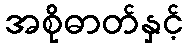
အစိုဓာတ်နှင့်